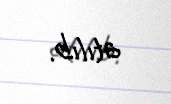
atılıb.